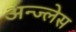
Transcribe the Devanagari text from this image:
अन्ज्लेस